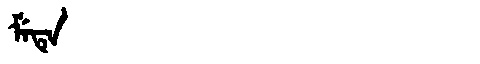
Manchu: ᠮᡝᡨᡝ
Romanization: METE